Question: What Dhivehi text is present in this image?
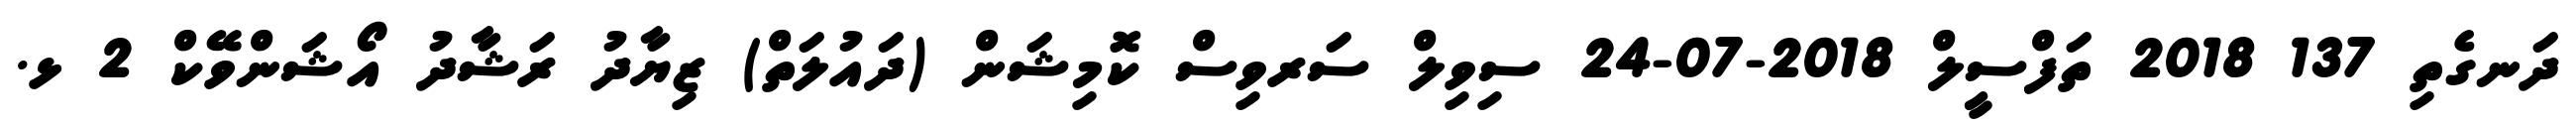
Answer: ދަނގެތި 137 2018 ތަފްސީލް 2018-07-24 ސިވިލް ސަރވިސް ކޮމިޝަން (ދައުލަތް) ޒިޔާދު ރަޝާދު އޯޝަންވޭކް 2 ޅ.